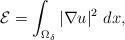
LaTeX: \begin{align*} \mathcal{E}=\int_{\Omega_\delta}|\nabla u|^2~dx,\end{align*}